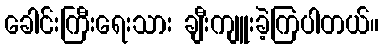
ခေါင်းကြီးရေးသား ချီးကျူးခဲ့ကြပါတယ်။